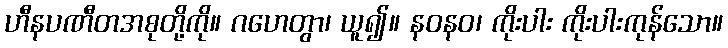
ဟီနပဏီတအစုတို့ကို။ ဂဟေတွာ၊ ယူ၍။ နဝနဝ၊ ကိုးပါး ကိုးပါးကုန်သော။